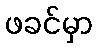
ဖခင်မှာ